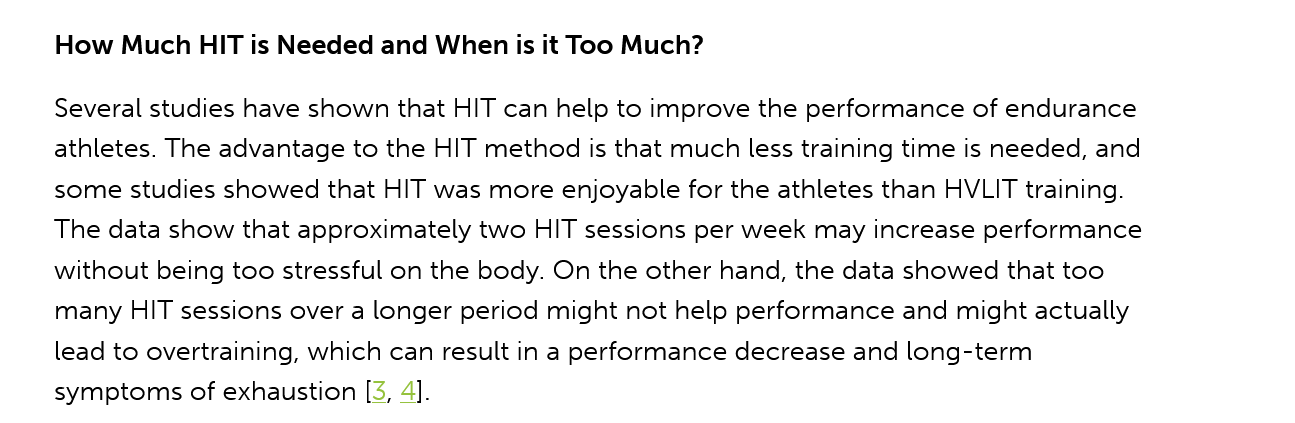
How  Much HIT is Needed and When is it Too Much?
    Several studies have shown that HIT can help to improve the performance of endurance
    athletes. The advantage to the HIT method is that much less training time is needed, and
    some studies showed that HIT was more enjoyable for the athletes than HVLIT training.
    The data show that approximately two HIT sessions per week may increase performance
    without being too stressful on the body. On the other hand, the data showed that too
    many HIT sessions over a longer period might not help performance and might actually
    lead to overtraining, which can result in a performance decrease and long-term
    symptoms of exhaustion [3, 4].